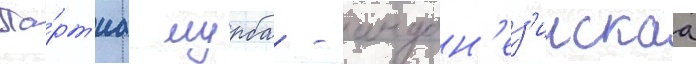
Па́рт'иа мурба - индон'ез'иискаа